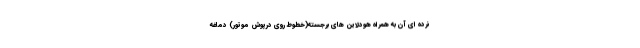
نرده ای آن به همراه هودلاین های برجسته(خطوط روی درپوش موتور) دماغه